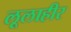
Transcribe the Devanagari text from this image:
लूलाहीर